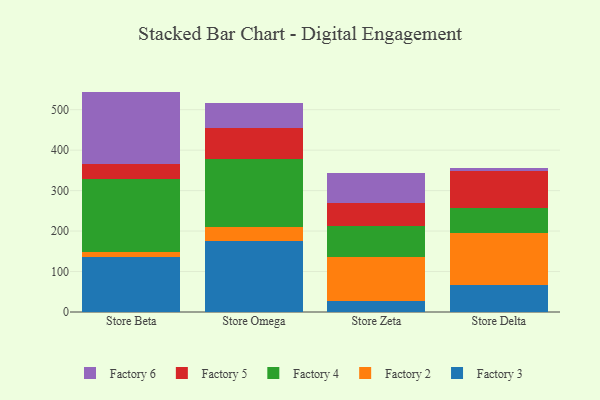
{"axis": {"x": "Store", "y": "Churn Rate (%)"}, "legend": ["Factory 2", "Factory 3", "Factory 4", "Factory 5", "Factory 6"], "data": [{"x": "Store Beta", "y": 136.6, "type": "Factory 3"}, {"x": "Store Beta", "y": 12.6, "type": "Factory 2"}, {"x": "Store Beta", "y": 178.6, "type": "Factory 4"}, {"x": "Store Beta", "y": 38.7, "type": "Factory 5"}, {"x": "Store Beta", "y": 178.2, "type": "Factory 6"}, {"x": "Store Omega", "y": 176.7, "type": "Factory 3"}, {"x": "Store Omega", "y": 34.2, "type": "Factory 2"}, {"x": "Store Omega", "y": 168.0, "type": "Factory 4"}, {"x": "Store Omega", "y": 77.0, "type": "Factory 5"}, {"x": "Store Omega", "y": 60.0, "type": "Factory 6"}, {"x": "Store Zeta", "y": 26.1, "type": "Factory 3"}, {"x": "Store Zeta", "y": 110.7, "type": "Factory 2"}, {"x": "Store Zeta", "y": 76.1, "type": "Factory 4"}, {"x": "Store Zeta", "y": 57.3, "type": "Factory 5"}, {"x": "Store Zeta", "y": 73.2, "type": "Factory 6"}, {"x": "Store Delta", "y": 67.6, "type": "Factory 3"}, {"x": "Store Delta", "y": 128.3, "type": "Factory 2"}, {"x": "Store Delta", "y": 62.0, "type": "Factory 4"}, {"x": "Store Delta", "y": 90.5, "type": "Factory 5"}, {"x": "Store Delta", "y": 6.9, "type": "Factory 6"}]}